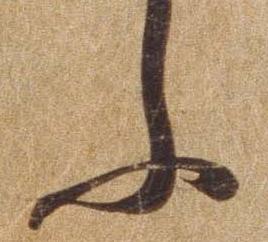
ふ